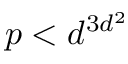
p < d ^ { 3 d ^ { 2 } }